Civil Veterinary Department Bihar & Orissa reports 1929-36 - 1929-1936
Year: 1929
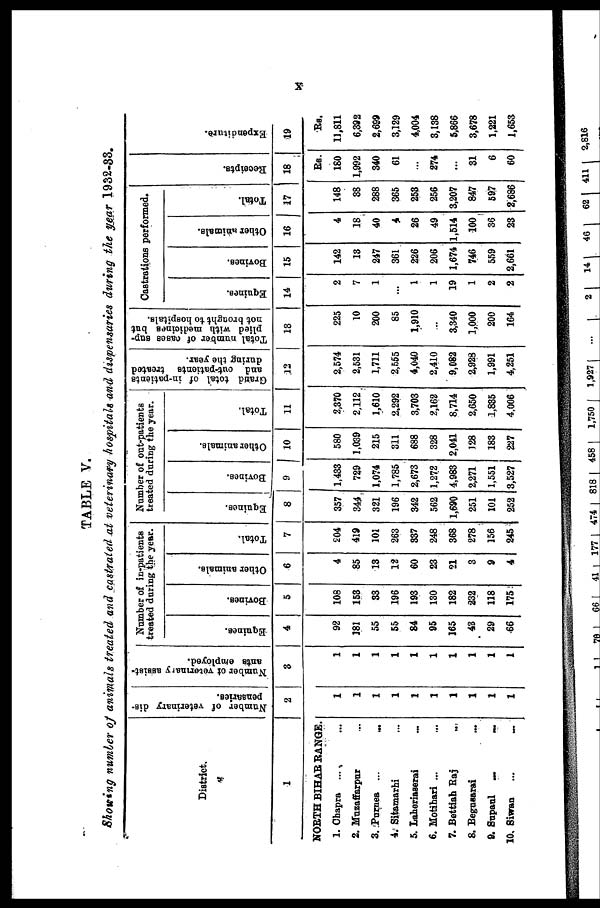
X
TABLE V.
Showing number of animals treated and castrated at veterinary hospitals and dispensaries during the pear 1932-33.
District.
1
NORTH BIHAR RANGE.
1. Chapra ... ...
2. Muzaffarpur ...
3. Purnea ...
...
4. Sitamarhi ...
5. Laheriaserai ...
6. Motihari ... ...
7. Bettiah Raj ...
8. Begusarai ...
9. Supaul
...
...
10. Siwan ... ...
Number of veterinary dis-
pensaries.
2
1
1
1
1
1
1
1
1
1
1
Number of veterinary assist-
ants employed.
3
1
1
1
1
1
1
1
1
1
1
Number of in-patients
treated during the year.
Equines.
4
92
181
55
55
84
95
165
43
29
66
Bovines.
5
108
153
33
196
193
130
182
232
118
175
Other animals.
6
4
85
13
12
60
23
21
3
9
4
Total.
7
204
419
101
263
337
248
368
278
156
245
Number of out-patients
treated during the year.
Equines.
8
357
344
321
196
342
562
1,690
251
101
252
Bovines.
9
1,433
729
1,074
1,785
2,673
1,272
4,983
2,271
1,551
3,527
Other animals.
10
580
1,039
215
311
688
328
2,041
128
183
227
Total.
11
2,370
2,112
1,610
2,292
3,703
2,162
8,714
2,650
1,835
4,006
Grand total of in-patients
and out-patients
treated
during the year.
12
2,574
2,531
1,711
2,555
4,040
2,410
9,082
2,923
1,991
4,251
Total number of cases sup-
plied with medicines but
not brought to hospitals.
18
225
10
200
85
1,910
...
3,340
1,000
200
164
Castrations performed.
Equines.
14
2
7
1
...
1
1
19
1
2
2
Bovines.
15
142
13
247
361
226
206
1,674
746
559
2,661
Other animals.
16
4
18
40
4
26
49
1,514
100
36
23
Total.
17
148
38
288
365
253
256
3,207
847
597
2,686
Receipts.
18
Rs.
180
1,992
340
61
...
274
...
31
6
60
Expenditure.
19
Rs.
11,811
6,392
2,699
3,129
4,004
3,138
5,866
3,678
1,221
1,653